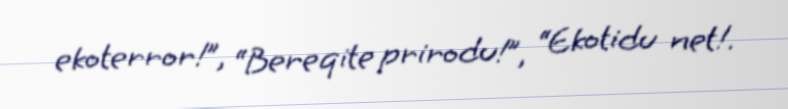
ekoterror!”, “Bereqite prirodu!”, “Ekotidu net!.